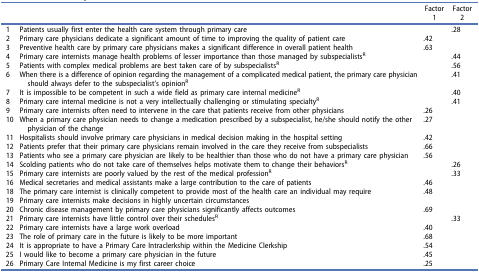
<table><thead><tr><td><b> </b></td><td><b> </b></td><td><b>Factor 1</b></td><td><b>Factor 2</b></td></tr></thead><tbody><tr><td>1</td><td>Patients usually first enter the health care system through primary care</td><td> </td><td>.28</td></tr><tr><td>2</td><td>Primary care physicians dedicate a significant amount of time to improving the quality of patient care</td><td>.42</td><td> </td></tr><tr><td>3</td><td>Preventive health care by primary care physicians makes a significant difference in overall patient health</td><td>.63</td><td> </td></tr><tr><td>4</td><td>Primary care internists manage health problems of lesser importance than those managed by subspecialists<sup>R</sup></td><td> </td><td>.44</td></tr><tr><td>5</td><td>Patients with complex medical problems are best taken care of by subspecialists<sup>R</sup></td><td> </td><td>.56</td></tr><tr><td>6</td><td>When there is a difference of opinion regarding the management of a complicated medical patient, the primary care physician should always defer to the subspecialist’s opinion<sup>R</sup></td><td> </td><td>.41</td></tr><tr><td>7</td><td>It is impossible to be competent in such a wide field as primary care internal medicine<sup>R</sup></td><td> </td><td>.40</td></tr><tr><td>8</td><td>Primary care internal medicine is not a very intellectually challenging or stimulating specialty<sup>R</sup></td><td> </td><td>.41</td></tr><tr><td>9</td><td>Primary care internists often need to intervene in the care that patients receive from other physicians</td><td>.26</td><td> </td></tr><tr><td>10</td><td>When a primary care physician needs to change a medication prescribed by a subspecialist, he/she should notify the other physician of the change</td><td>.27</td><td> </td></tr><tr><td>11</td><td>Hospitalists should involve primary care physicians in medical decision making in the hospital setting</td><td>.42</td><td> </td></tr><tr><td>12</td><td>Patients prefer that their primary care physicians remain involved in the care they receive from subspecialists</td><td>.66</td><td> </td></tr><tr><td>13</td><td>Patients who see a primary care physician are likely to be healthier than those who do not have a primary care physician</td><td>.56</td><td> </td></tr><tr><td>14</td><td>Scolding patients who do not take care of themselves helps motivate them to change their behaviors<sup>R</sup></td><td> </td><td>.26</td></tr><tr><td>15</td><td>Primary care internists are poorly valued by the rest of the medical profession<sup>R</sup></td><td> </td><td>.33</td></tr><tr><td>16</td><td>Medical secretaries and medical assistants make a large contribution to the care of patients</td><td>.46</td><td> </td></tr><tr><td>18</td><td>The primary care internist is clinically competent to provide most of the health care an individual may require</td><td>.48</td><td> </td></tr><tr><td>19</td><td>Primary care internists make decisions in highly uncertain circumstances</td><td> </td><td> </td></tr><tr><td>20</td><td>Chronic disease management by primary care physicians significantly affects outcomes</td><td>.69</td><td> </td></tr><tr><td>21</td><td>Primary care internists have little control over their schedules<sup>R</sup></td><td> </td><td>.33</td></tr><tr><td>22</td><td>Primary care internists have a large work overload</td><td>.40</td><td> </td></tr><tr><td>23</td><td>The role of primary care in the future is likely to be more important</td><td>.68</td><td> </td></tr><tr><td>24</td><td>It is appropriate to have a Primary Care Intraclerkship within the Medicine Clerkship</td><td>.54</td><td> </td></tr><tr><td>25</td><td>I would like to become a primary care physician in the future</td><td>.45</td><td> </td></tr><tr><td>26</td><td>Primary Care Internal Medicine is my first career choice</td><td>.25</td><td> </td></tr></tbody></table>